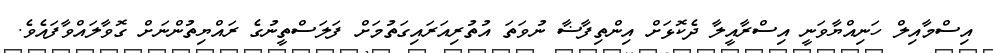
އިސްމާއިލް ހަނިއްޔާވަނީ އިސްރާއީލާ ދެކޮޅަށް އިންތިފާޟާ ނުވަތަ އުތުރިއަރައިގަތުމަށް ފަލަސްތީނުގެ ރައްޔިތުންނަށް ގޮވާލައްވާފައެވެ.